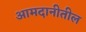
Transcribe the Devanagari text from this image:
आमदानीतील